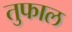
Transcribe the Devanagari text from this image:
तुफाल